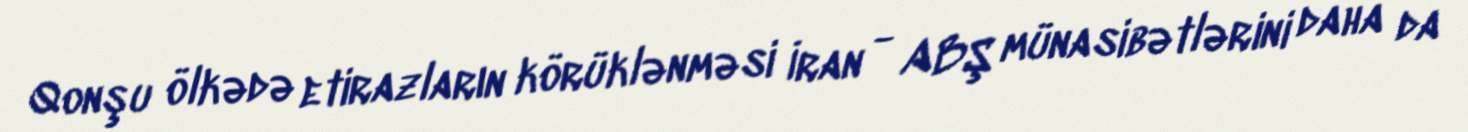
Qonşu ölkədə etirazların körüklənməsi İran - ABŞ münasibətlərini daha da